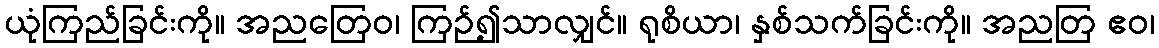
ယုံကြည်ခြင်းကို။ အညတြေဝ၊ ကြဉ်၍သာလျှင်။ ရုစိယာ၊ နှစ်သက်ခြင်းကို။ အညတြ ဧဝ၊